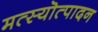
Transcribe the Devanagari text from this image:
मत्स्यॊत्पादन